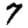
Digit: 7